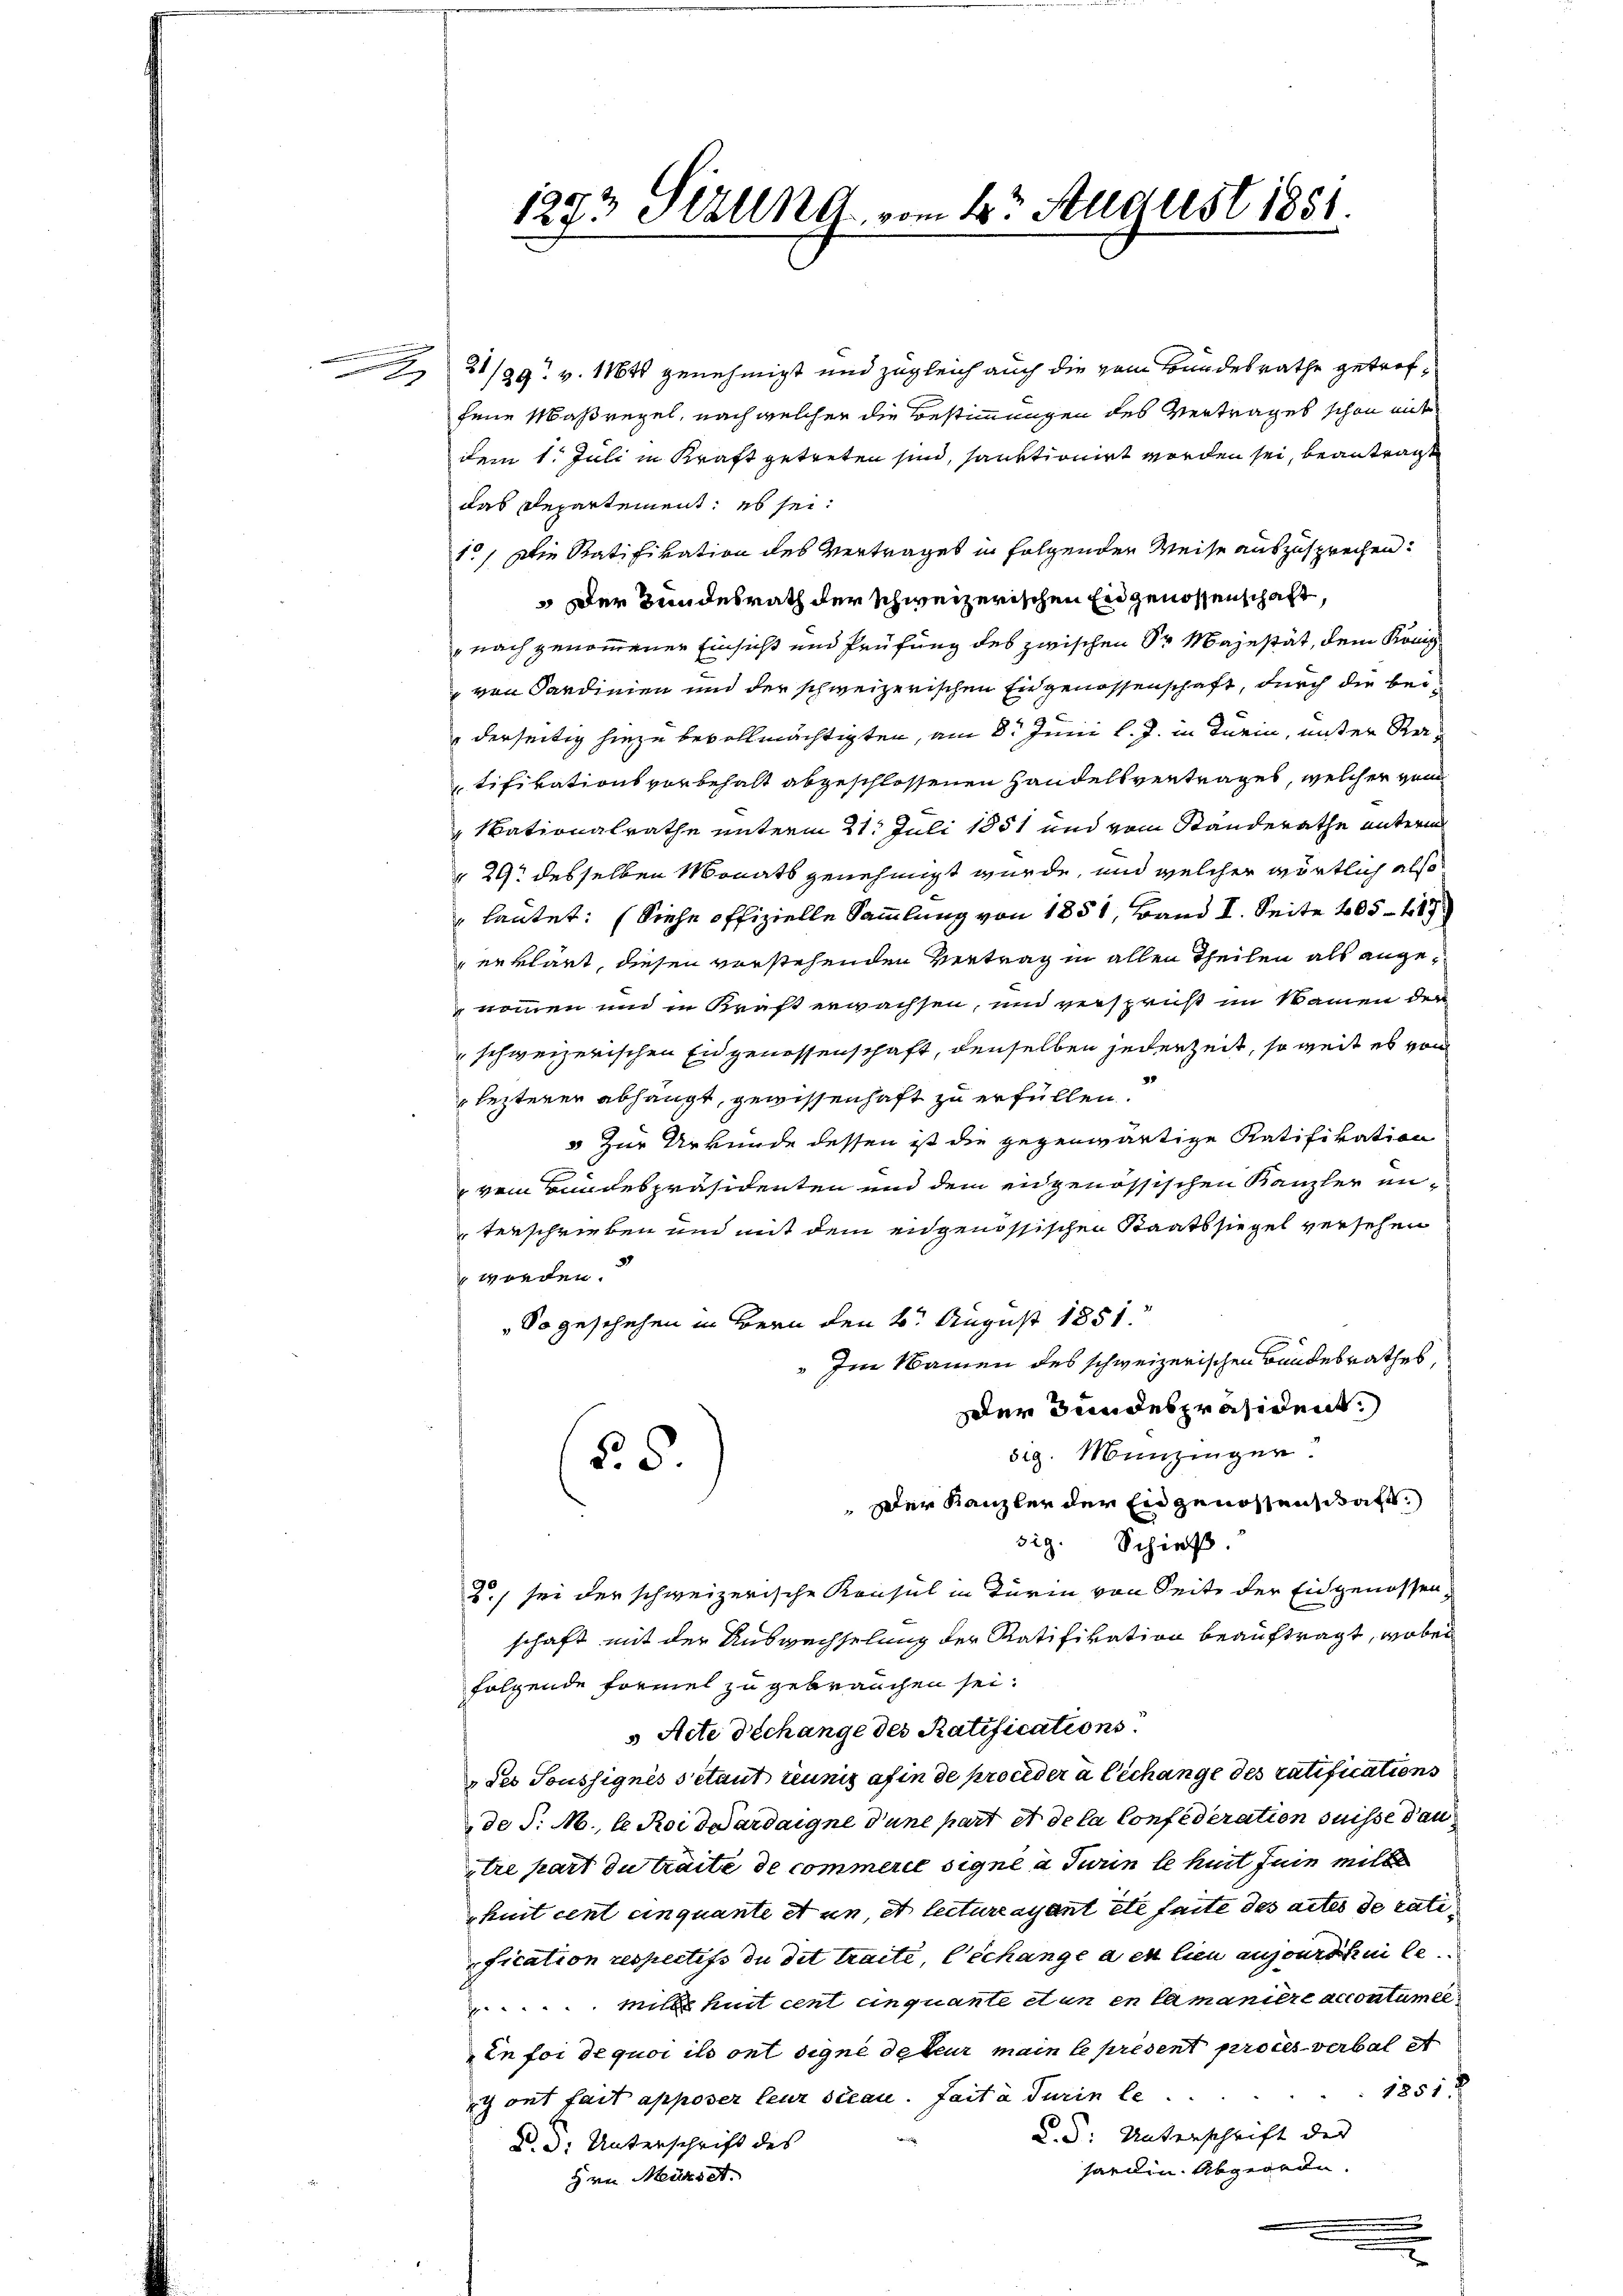
.

21/29. v. 1164 genehmigt und zugleich auch die vom Bundesrathe getroffene Maßregel, nach welcher die Bestimmungen des Vertrages schon mit
dem 1. Juli in Kraft getreten sind, sanktionirt worden sei, beantragt
das Departement; es sei:
10) Die Ratifikation des Vertrages in folgenden Weise auszusprechen.
 Der Bundesrath der schweizerischen Eidgenossenschaft,
" nach genommener Einsicht und Prüfung des zwischen Sr Majestät, dem König
von Sardinien und der schweizerischen Eingenossenschaft, durch die beiderseitig hiezu bevollmächtigten, am 8. Juni l. J. in Turin, unter Ratifikationsvorbehalt abgeschlossenen Handelsvertrages, welcher vom
Nationalrathe unterm 21. Juli 1851 und vom Standerathe unterm
 29 desselben Monats genehmigt wurde, und welcher wörtlich also
 lautet: (Siehe offizielle Sammlung von 1851, Band I. Seite 405 - 189
erklärt, diesen vorstehenden Vertrag in allen Theilen als angenommen und in Kraft erwachsen, und verspruch im Namen der
schweizerischen Eidgenossenschaft, denselben jederzeit, so weit es von
lezterer abhängt, gewissenhaft zu erfüllen.
3 zur Urkunde dessen ist die gegenwärtige Ratifikation
vem Bundespräsidenten und dem eidgenössischen Kanzler unterschrieben und mit dem eidgenössischen Staatssiegel versehen
worden.
So geschehen in Bern den 6. August 1881
Im Namen des schweizerischen Bundesrathes
er Bundespräsident:
dig. Munzingen.
§. 5.
Der Kanzler der Eidgenossen, Saft
sig. Schieß.
2) sei der schweizerische Konsul in Turin von Seite der Eidgenossen
schaft mit der Auswechselung der Ratifikation beauftragt, wobei
folgende Formel zu gebrauchen sei.
5 Aite Dechange des Ratifications
des Soussignés setaut leunig afin de pronder a Cechange des ratifications
de S. M., le Roideardaigne d’une part et de la Confederation suisse dan
tre hart du traite de commerce signe a darin lehrt sein mitte
huit cent einquante et an, et lecturayant etc faite des actes de rati
fication respectifs du dit traité, échange a en lieu angenrechen le
mite huit cent cinquante et un en Camaniere accoutumee
In for de quoi ils ont signe de teur main le predent pro ces verbal et
1851
c ont fait apposer leur sican. fait à Turin le
d.d. Unterschrift des
d. d. Unterschrift des
hardin. Abgeorden.
Hrn Mündet.
.

1293 Sizung vom 4t August 1851.